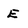
Character: E